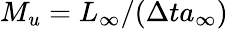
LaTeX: M_{u}=L_{\infty}/(\Delta ta_{\infty})